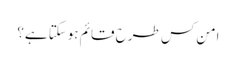
امن کس طرح قائم ہوسکتا ہے؟